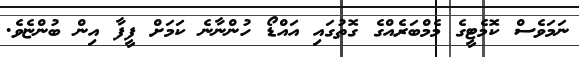
ނަމަވެސް ކޮމެޓީގެ މެމްބަރެއްގެ ގޮތުގައި އައްޑޯ ހުންނާނެ ކަމަށް ފީފާ އިން ބުންޏެވެ.